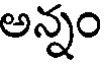
అన్నం